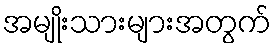
အမျိုးသားများအတွက်